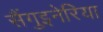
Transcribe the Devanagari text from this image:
सैंगुइनेरिया